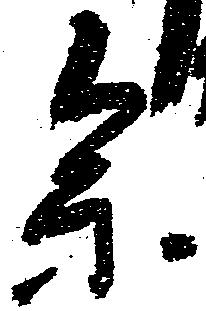
参